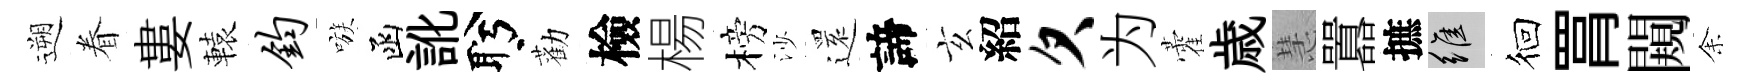
遡眷婁轅钧嗾函訛盻勸檢楊榜沙𮟃諦玄紹欠为藿歳慧囂摭維徊罥闚𪜬